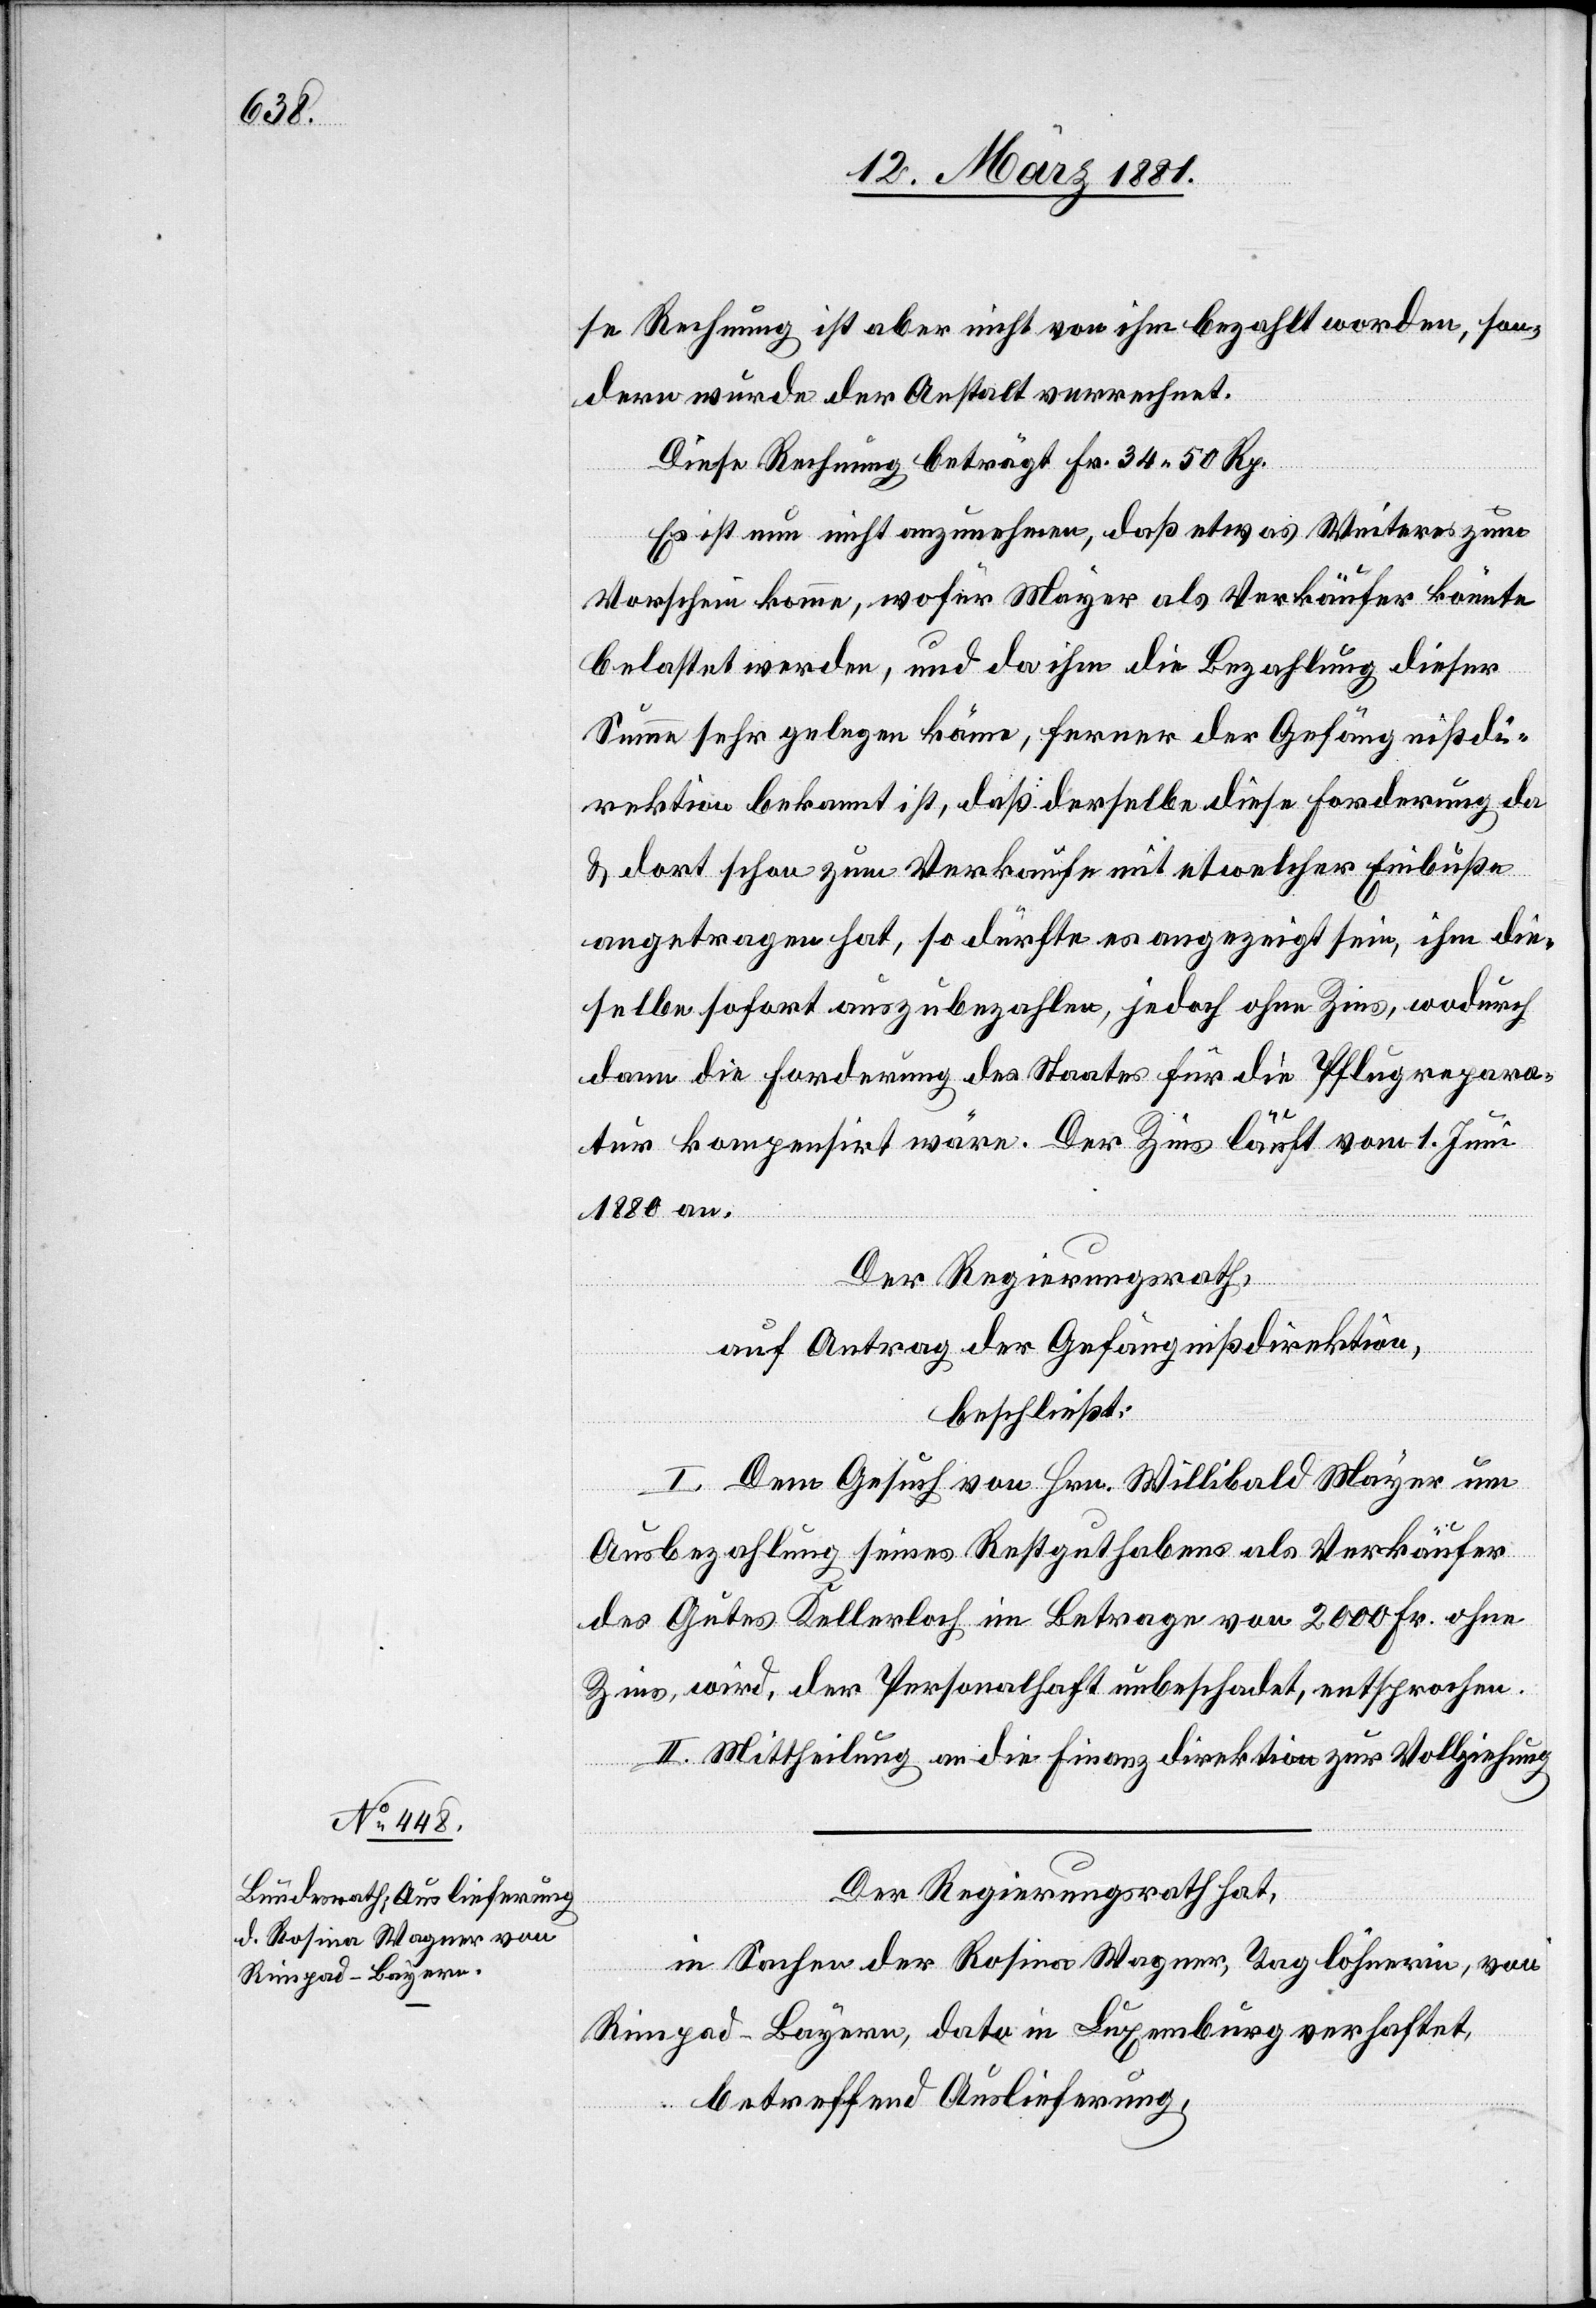
14. März 1881.]
se Rechnung ist aber nicht von ihm bezahlt worden, son¬
dern wurde der Anstalt verrechnet.
Diese Rechnung beträgt Fr. 24 50 Rp.
Es ist nun nicht anzunehmen, daß etwas Weiteres zum
Vorschein komme, wofür Mayer als Verkäufer könnte
belastet werden, und da ihm die Bezahlung dieser
Summe sehr gelegen käme, ferner der Gefängnißdi¬
rektion bekannt ist, daß derselbe diese Forderung da
& dort schon zum Verkaufe mit etwelcher Einbuße
angetragen hat, so dürfte es angezeigt sein, ihm die¬
selbe sofort auszubezahlen, jedoch ohne Zins, wodurch
dann die Forderung des Staates für die Pflugrepara¬
tur kompensirt wäre. Der Zins läuft vom 1. Juni
1880 an.
Der Regierungsrath,
auf Antrag der Gefängnißdirektion,
beschließt:
I. Dem Gesuch von Hrn. Willibald Mayer um
Ausbezahlung seines Restguthabens als Verkäufer
des Gutes Kellerloch im Betrage von 2000 Fr. ohne
Zins, wird, der Personalhaft unbeschadet, entsprochen.
II. Mittheilung an die Finanzdirektion zur Vollziehung.
Der Regierungsrath hat,
Rimpad - Bayern, dato in Luxemburg verhaftet,
betreffend Auslieferung,